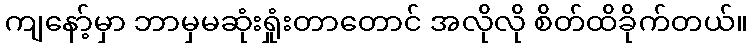
ကျနော့်မှာ ဘာမှမဆုံးရှုံးတာတောင် အလိုလို စိတ်ထိခိုက်တယ်။